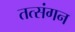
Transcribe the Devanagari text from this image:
तत्संगन